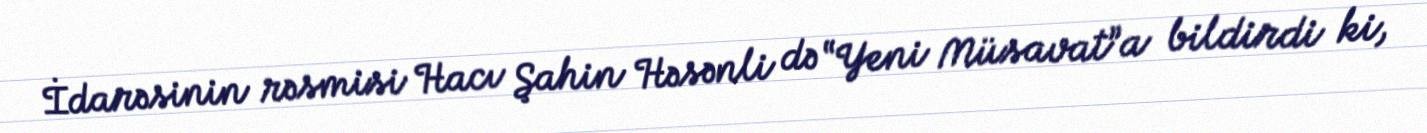
İdarəsinin rəsmisi Hacı Şahin Həsənli də “Yeni Müsavat”a bildirdi ki,